画像に写った文字を読んでください
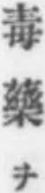
「毒藥ヲ」と書いてあります